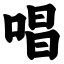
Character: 唱